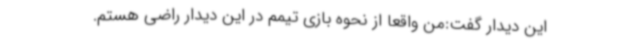
این دیدار گفت:من واقعاً از نحوه بازی تیمم در این دیدار راضی هستم.